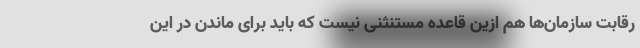
رقابت سازمان‌ها هم ازین قاعده مستنثنی نیست که باید برای ماندن در این